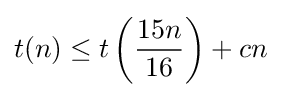
t(n)\leq t\left({\frac {15n}{16}}\right)+cn